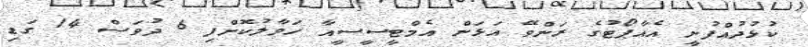
ކުޅުދުއްފުށީ އެއާޕޯޓުގެ ރަންވޭ އަޅަން އެމްޓީސީސީއާ ހަވާލުކޮށްފި 6 ދުވަސް 14 ގަޑި